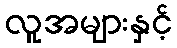
လူအများနှင့်